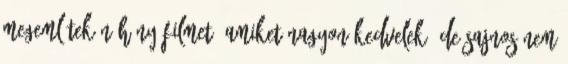
megemlítek néhány filmet, amiket nagyon kedvelek, de sajnos nem